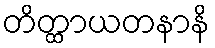
တိတ္ထာယတနာနိ